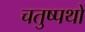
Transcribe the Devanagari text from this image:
चतुष्पथों